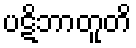
ပဋိဘာတူတိ